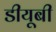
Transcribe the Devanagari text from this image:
डीयूबी